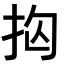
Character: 𭠝